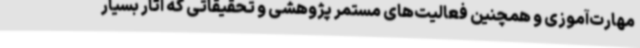
مهارت‌آموزی و همچنین فعالیت‌های مستمر پژوهشی و تحقیقاتی که آثار بسیار